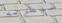
سيطرته